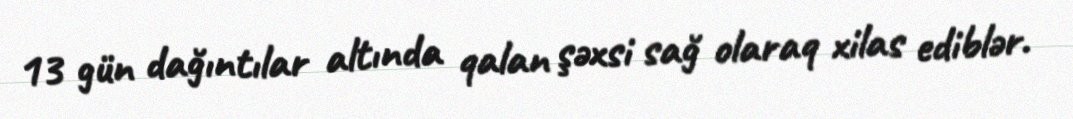
13 gün dağıntılar altında qalan şəxsi sağ olaraq xilas ediblər.